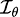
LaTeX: \scriptstyle{\mathcal{I}}_{\theta}